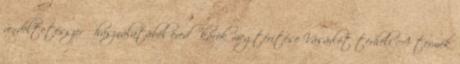
rendeltetésszerű használatából eredő károk megtérítése Vásárlót terheli A termék